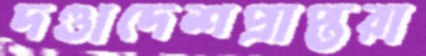
দণ্ডাদেশপ্রাপ্তরা